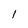
Character: l